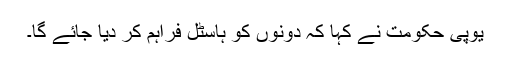
یوپی حکومت نے کہا کہ دونوں کو ہاسٹل فراہم کر دیا جائے گا۔